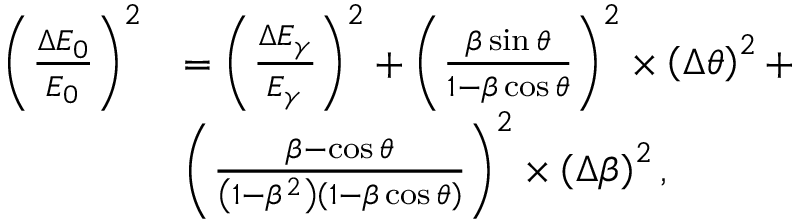
\begin{array} { r l } { \left( \frac { \Delta { E _ { 0 } } } { E _ { 0 } } \right) ^ { 2 } } & { = \left( \frac { \Delta E _ { \gamma } } { E _ { \gamma } } \right) ^ { 2 } + \left( \frac { \beta \sin \theta } { 1 - \beta \cos \theta } \right) ^ { 2 } \times \left( \Delta \theta \right) ^ { 2 } + } \\ & { \left( \frac { \beta - \cos \theta } { \left( 1 - \beta ^ { 2 } \right) \left( 1 - \beta \cos \theta \right) } \right) ^ { 2 } \times \left( \Delta \beta \right) ^ { 2 } , } \end{array}